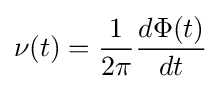
\nu (t)={\frac {1}{2\pi }}{\frac {d\Phi (t)}{dt}}